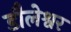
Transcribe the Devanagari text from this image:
डौलेश्वर